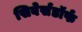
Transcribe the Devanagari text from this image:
सिबेर्सडॉर्फ